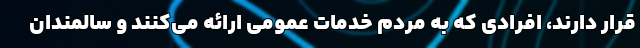
قرار دارند، افرادی که به مردم خدمات عمومی ارائه می‌کنند و سالمندان